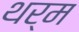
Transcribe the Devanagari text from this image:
थर्म